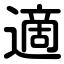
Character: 適